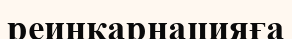
реинкарнацияға